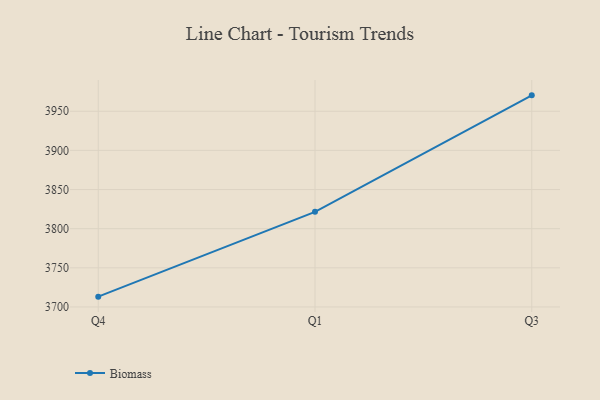
{"axis": {"x": "Quarter", "y": "Demand Index"}, "legend": ["Biomass"], "data": [{"x": "Q4", "y": 3713.2, "type": "Biomass"}, {"x": "Q1", "y": 3821.5, "type": "Biomass"}, {"x": "Q3", "y": 3970.3, "type": "Biomass"}]}